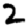
Digit: 2